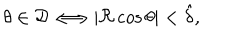
\theta \in { \cal D } \Longleftrightarrow | \Re \cos \theta | < \hat { \delta } ,